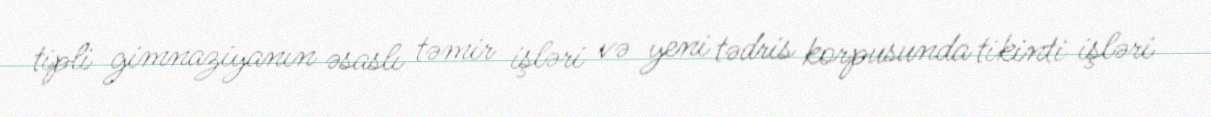
tipli gimnaziyanın əsaslı təmir işləri və yeni tədris korpusunda tikinti işləri